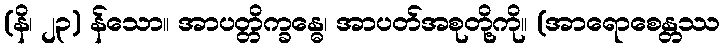
(နိ၊ ၂၃) န်သော။ အာပတ္တိက္ခန္ဓေ၊ အာပတ်အစုတို့ကို။ (အာရောစေန္တဿ